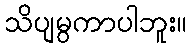
သိပျမွကာပါဘူး။